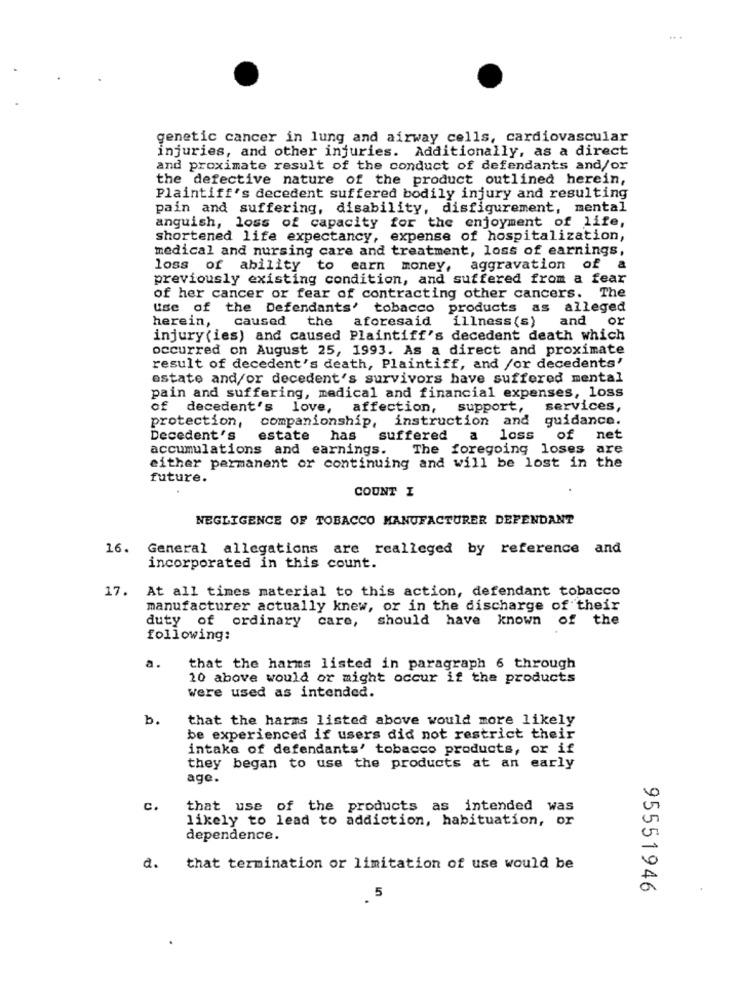
genetic cancer in lung and airway cells, cardiovascular
injuries, and other injuries. Additionally, as a direct
and proximate result of the conduct of defendants and/or
the defective nature of the product outlined herein,
Plaintiff's decedent suffered bodily injury and resulting
pain and suffering, disability, disfigurement, mental
anguish, loss of capacity for the enjoyment of life,
shortened life expectancy, expense of hospitalization,
medical and nursing care and treatment, loss of earnings,
loss of ability
to earn money, aggravation of
a
previously existing condition, and suffered from a fear
of her cancer or fear of contracting other cancers. The
use of the Defendants' tobacco products as alleged
herein, caused the aforesaid
illness (s)
and or
injury (ies) and caused Plaintiff's decedent death which
occurred on August 25, 1993. As a direct and proximate
result of decedent's death, Plaintiff, and /or decedents'
estate and/or decedent's survivors have suffered mental
pain and suffering, medical and financial expenses, loss
of decedent's love, affection, support,
services,
protection,
companionship, instruction and guidance.
Decedent's
estate has
suffered
a
loss
of net
accumulations and earnings.
The foregoing loses are
either permanent or continuing and will be lost in the
future.
COUNT I
NEGLIGENCE OF TOBACCO MANUFACTURER DEFENDANT
16. General allegations are realleged by reference and
incorporated in this count.
17.
At all times material to this action, defendant tobacco
manufacturer actually knew, or in the discharge of their
duty of ordinary care,
should have known of the
following:
that the harms listed in paragraph 6 through
10 above would or might occur if the products
Were used as intended.
b.
that the harms listed above would more likely
be experienced if users did not restrict their
intake of defendants' tobacco products, or if
they began to use the products at an early
age.
C.
that use of the products as intended was
likely to lead to addiction, habituation, or
dependence.
d.
that termination or limitation of use would be
95551946
5